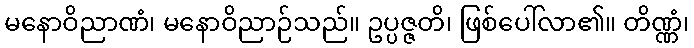
မနောဝိညာဏံ၊ မနောဝိညာဉ်သည်။ ဥပ္ပဇ္ဇတိ၊ ဖြစ်ပေါ်လာ၏။ တိဏ္ဏံ၊